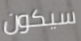
سيكون